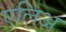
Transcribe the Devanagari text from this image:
एलिअ